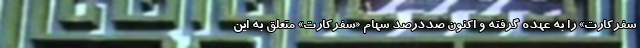
سفرکارت» را به عهده گرفته و اکنون صددرصد سهام «سفرکارت» متعلق به این